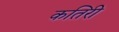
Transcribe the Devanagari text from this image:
कतिरी